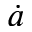
\dot { a }